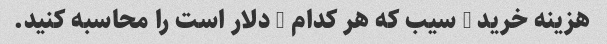
هزینه خرید 3 سیب که هر کدام 1 دلار است را محاسبه کنید.